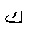
Letter: _kaf